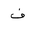
Letter: _fa